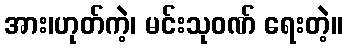
အား၊ဟုတ်ကဲ့၊ မင်းသုဝဏ် ရေးတဲ့။